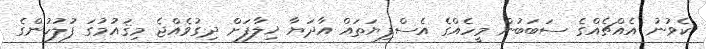
ކެވުނު އެއްޗެއްގެ ސަބަބުން މީހެއްގެ އެސްފިޔަތައް އާދަޔާ ޚިލާފަށް ދިގުވެއްޖެ މިޤައުމުގަ ފުލުހުންގެ